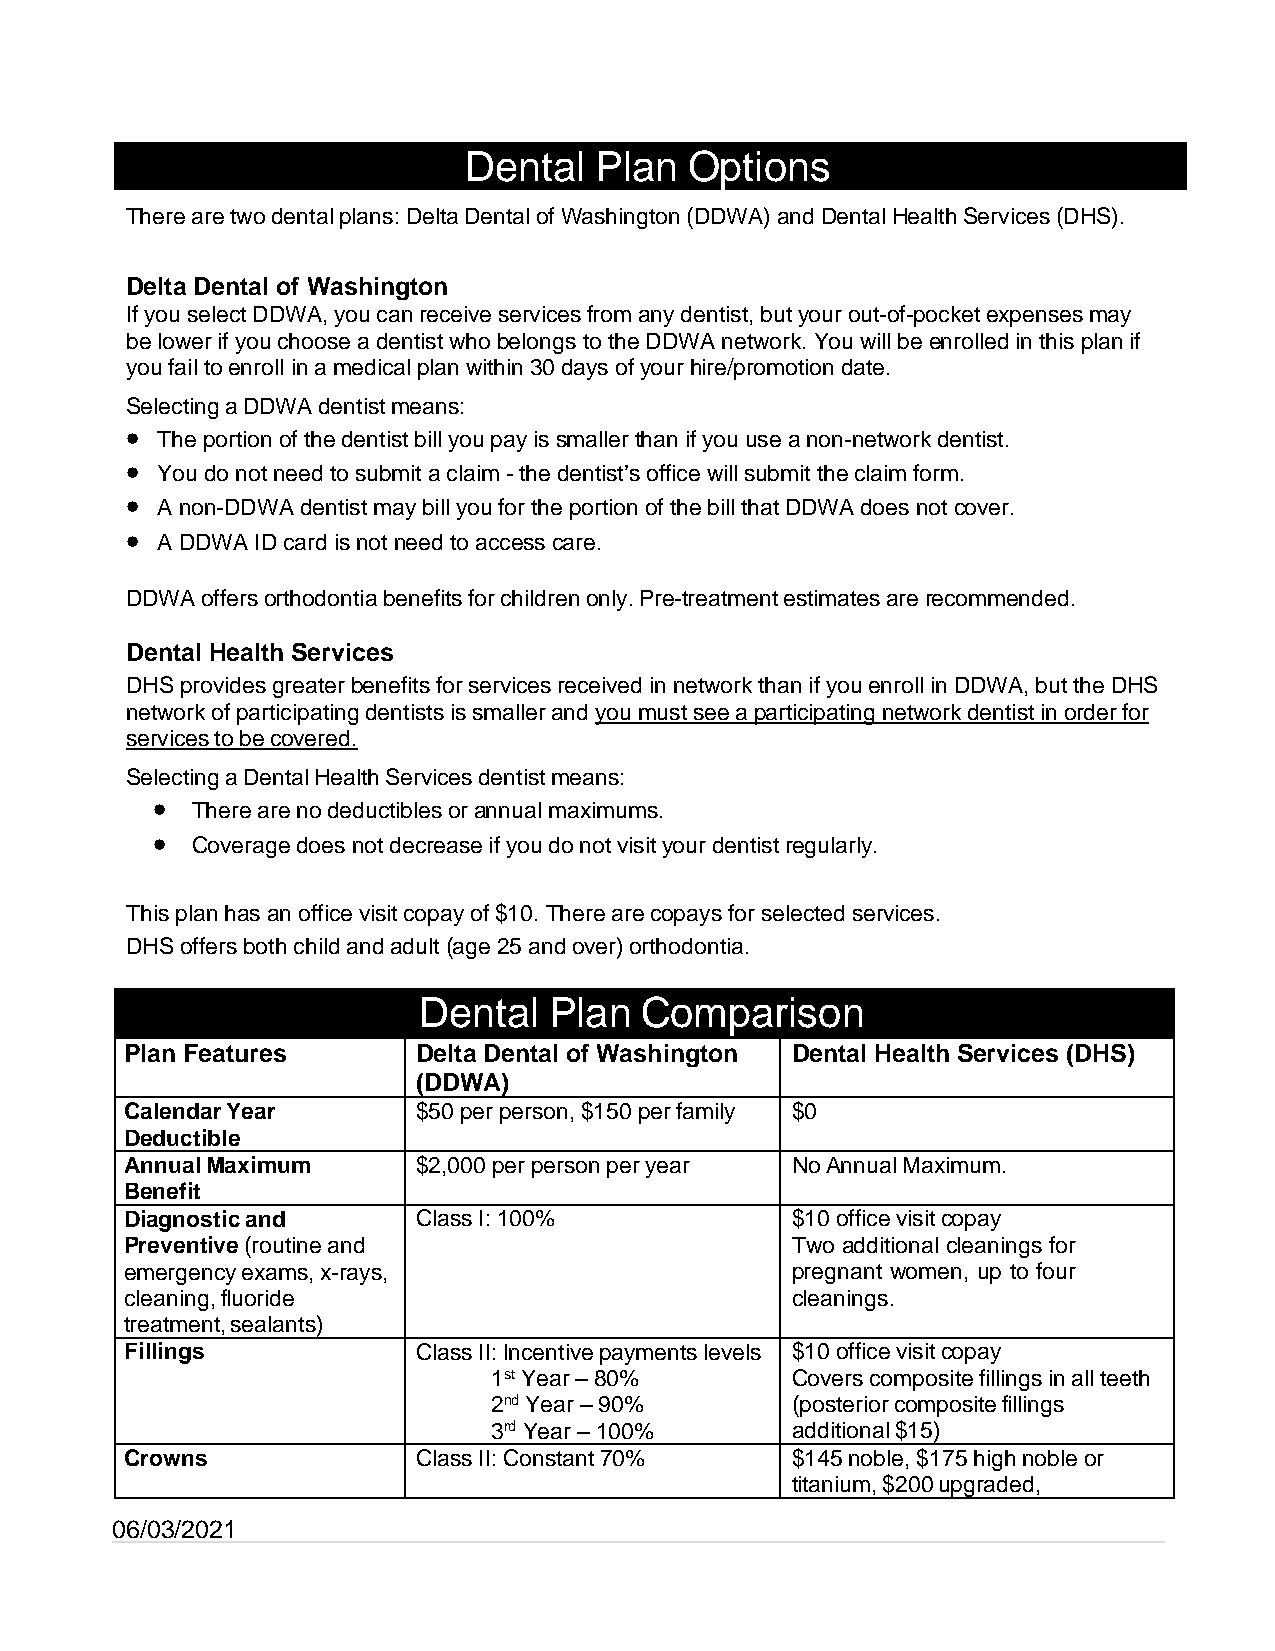
Dental  Plan   Options
 There are two dental plans: Delta Dental of Washington (DDWA) and Dental Health Services (DHS).
 Delta Dental of Washington
 If you select DDWA, you can receive services from any dentist, but your out-of-pocket expenses may
 be lower if you choose a dentist who belongs to the DDWA network. You will be enrolled in this plan if
 you fail to enroll in a medical plan within 30 days of your hire/promotion date.
 Selecting a DDWA dentist means:
 •
 The portion of the dentist bill you pay is smaller than if you use a non-network dentist.
 •
 You do not need to submit a claim - the dentist’s office will submit the claim form.
 •
 A non-DDWA dentist may bill you for the portion of the bill that DDWA does not cover.
 •
 A DDWA ID card is not need to access care.
 DDWA offers orthodontia benefits for children only. Pre-treatment estimates are recommended.
 Dental Health Services
 DHS provides greater benefits for services received in network than if you enroll in DDWA, but the DHS
 network of participating dentists is smaller and you must see a participating network dentist in order for
 services to be covered.
 Selecting a Dental Health Services dentist means:
 •
 There are no deductibles or annual maximums.
 •
 Coverage does not decrease if you do not visit your dentist regularly.
 This plan has an office visit copay of $10. There are copays for selected services.
 DHS offers both child and adult (age 25 and over) orthodontia.
 Dental  Plan  Comparison
 Plan Features       Delta Dental of Washington Dental Health Services (DHS)
 (DDWA)
 Calendar Year       $50 per person, $150 per family $0
 Deductible
 Annual Maximum      $2,000 per person per year No Annual Maximum.
 Benefit
 Diagnostic and      Class I: 100%           $10 office visit copay
 Preventive (routine and                     Two additional cleanings for
 emergency exams, x-rays,                    pregnant women, up to four
 cleaning, fluoride                          cleanings.
 treatment, sealants)
 Fillings            Class II: Incentive payments levels $10 office visit copay
 1st Year – 80%      Covers composite fillings in all teeth
 2nd Year – 90%      (posterior composite fillings
 3rd Year – 100%     additional $15)
 Crowns              Class II: Constant 70%  $145 noble, $175 high noble or
 titanium, $200 upgraded,
 06/03/2021